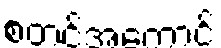
စတင်အကောင်